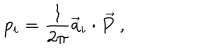
p _ { i } = \frac { 1 } { 2 \pi } { \vec { a } } _ { i } \cdot { \vec { P } } ~ ,